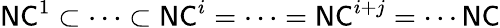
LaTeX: {\mathsf{NC}}^{1}\subset\cdots\subset{\mathsf{NC}}^{i}=\cdots={\mathsf{NC}}^{i+j}=\cdots{\mathsf{NC}}